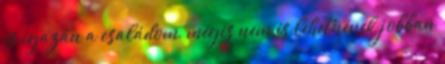
is igazán a családom, mégis nem is lehetnének jobban